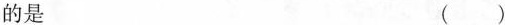
的是 ()